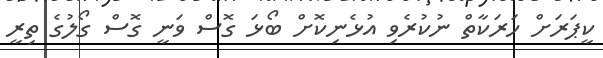
ކީޕަރަށް ހަރަކާތް ނުކުރެވި އުޅެނިކޮށް ބޯޅަ ގޮސް ވަނީ ގޮސް ގޯލުގެ ތިރީ